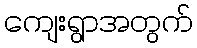
ကျေးရွာအတွက်